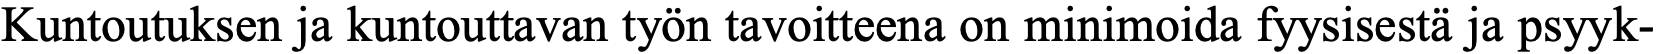
Kuntoutuksen ja kuntouttavan työn tavoitteena on minimoida fyysisestä ja psyyk-